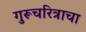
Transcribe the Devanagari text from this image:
गुरूचरित्राचा